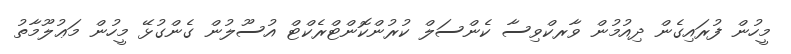
މީހުން ފުރައިގެން ދިއުމުން ވާރކްވިސާ ކެންސަލް ކުރުންކޮންޓްރެކްޓް އުސޫލުން ގެންގުޅޭ މީހުން މަޢުލޫމާތު